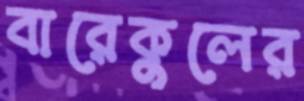
বারেকুলের